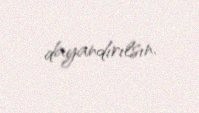
dayandırılsın.